画像に写った文字を読んでください
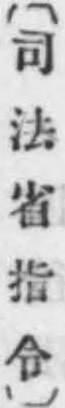
「〔司法省指令〕」と書いてあります